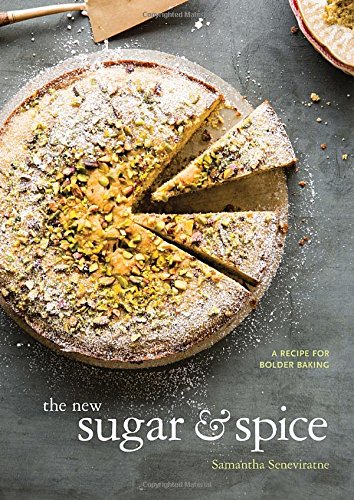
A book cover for The New Sugar & Spice: A Recipe for Bolder Baking; Samantha Seneviratne; Cookbooks, Food & Wine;